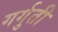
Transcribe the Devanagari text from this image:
गर्गुती